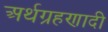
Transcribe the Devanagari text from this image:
अर्थग्रहणादी